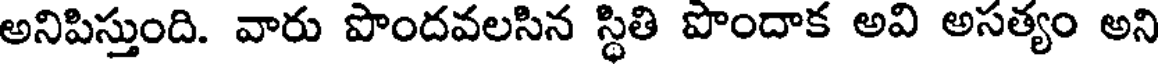
అనిపిస్తుంది. వారు పొందవలసిన స్థితి పొందాక అవి అసత్యం అని